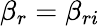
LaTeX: \beta_{r}=\beta_{ri}